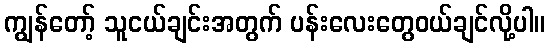
ကျွန်တော့် သူငယ်ချင်းအတွက် ပန်းလေးတွေဝယ်ချင်လို့ပါ။